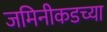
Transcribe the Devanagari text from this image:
जमिनीकडच्या